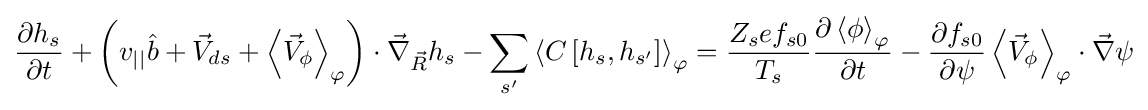
{\displaystyle {\frac {\partial h_{s}}{\partial t}}+\left(v_{||}{\hat {b}}+{\vec {V}}_{ds}+\left\langle {\vec {V}}_{\phi }\right\rangle _{\varphi }\right)\cdot {\vec {\nabla }}_{\vec {R}}h_{s}-\sum _{s'}\left\langle C\left[h_{s},h_{s'}\right]\right\rangle _{\varphi }={\frac {Z_{s}ef_{s0}}{T_{s}}}{\frac {\partial \left\langle \phi \right\rangle _{\varphi }}{\partial t}}-{\frac {\partial f_{s0}}{\partial \psi }}\left\langle {\vec {V}}_{\phi }\right\rangle _{\varphi }\cdot {\vec {\nabla }}\psi }